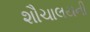
શૌચાલયની